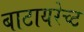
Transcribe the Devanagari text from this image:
बाटायरेच्ट